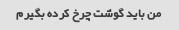
من باید گوشت چرخ کرده بگیرم